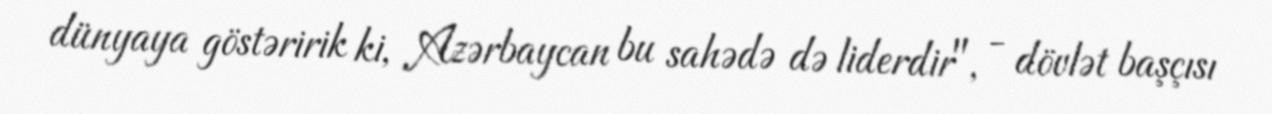
dünyaya göstəririk ki, Azərbaycan bu sahədə də liderdir", - dövlət başçısı